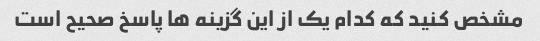
مشخص کنید که کدام یک از این گزینه ها پاسخ صحیح است